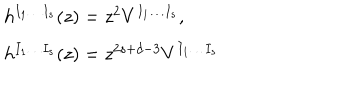
LaTeX: \begin{array} { l } { { h ^ { I _ { 1 } \ldots I _ { s } } ( z ) = z ^ { 2 } V ^ { I _ { 1 } \ldots I _ { s } } , \; \; } } \\ { { h ^ { I _ { 1 } \ldots I _ { s } } ( z ) = z ^ { 2 s + d - 3 } V ^ { I _ { 1 } \ldots I _ { s } } } } \\ \end{array}